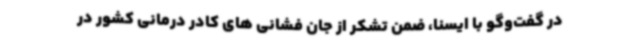
در گفت‌وگو با ایسنا، ضمن تشکر از جان فشانی های کادر درمانی کشور در